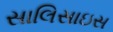
સાલિસાઇસ